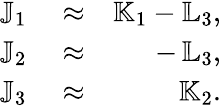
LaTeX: \begin{array}{rlr}{{\mathbb J}_{1}}&{{}\approx}&{{\mathbb K}_{1}-{\mathbb L}_{3},}\\ {{\mathbb J}_{2}}&{{}\approx}&{-\, {\mathbb L}_{3},}\\ {{\mathbb J}_{3}}&{{}\approx}&{{\mathbb K}_{2}.}\end{array}